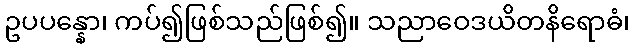
ဥပပန္နော၊ ကပ်၍ဖြစ်သည်ဖြစ်၍။ သညာဝေဒယိတနိရောဓံ၊